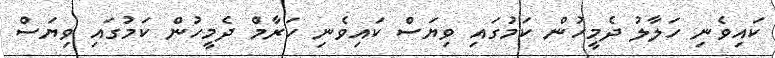
ކައިވެނި ހަލާލު ދެމީހުން ކަމުގައި ވިޔަސް ކައިވެނި ހަރާމް ދެމީހުން ކަމުގައި ވިޔަސް